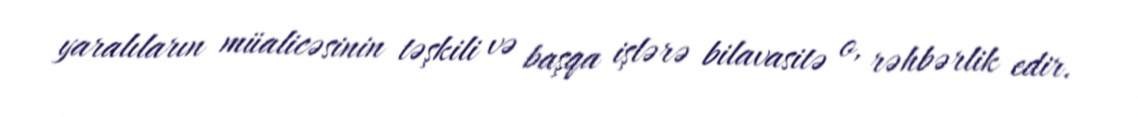
yaralıların müalicəsinin təşkili və başqa işlərə bilavasitə o, rəhbərlik edir.